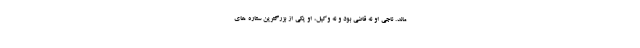
ماند. ناجیِ او نه قاضی بود و نه وکیل، او یکی از بزرگترین ستاره های